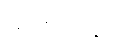
သားအတွက်